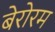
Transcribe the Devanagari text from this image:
बेरोरम